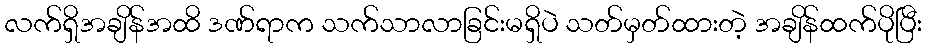
လက်ရှိအချိန်အထိ ဒဏ်ရာက သက်သာလာခြင်းမရှိပဲ သတ်မှတ်ထားတဲ့ အချိန်ထက်ပိုပြီး